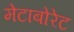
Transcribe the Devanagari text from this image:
मेटाबोरेट